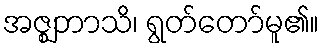
အဇ္ဈဘာသိ၊ ရွတ်တော်မူ၏။